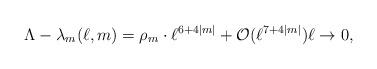
LaTeX: \begin{align*}\Lambda -\lambda_m (\ell, m) = \rho_m \cdot \ell^{6+4|m|} + \mathcal O(\ell^{7+4|m|} ) \ell \to 0 , \end{align*}